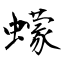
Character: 蠓